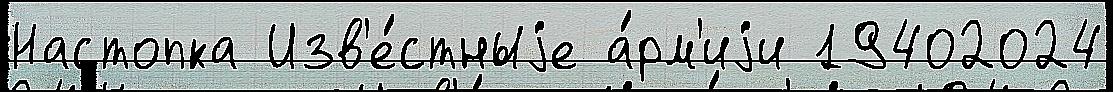
Настопка Изв'е́стныjе а́рм'иjи 19402024